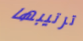
ترتيبها